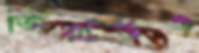
জিরার্ডও